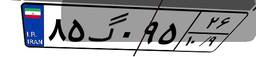
۸۵گ۰۹۵۲۶